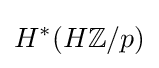
H^{*}(H\mathbb {Z} /p)